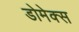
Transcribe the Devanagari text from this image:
डोमेक्स